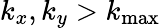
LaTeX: k_{x},k_{y}>k_{\mathrm{max}}